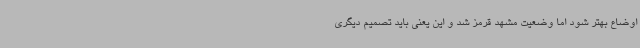
اوضاع بهتر شود اما وضعیت مشهد قرمز شد و این یعنی باید تصمیم دیگری